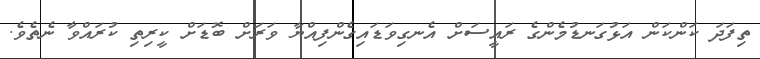
ތިފަދަ ކަންކަން އަޅުގަނޑުމެންގެ ރައީސަށް އެނގިވަޑައިގެންފިއްޔާ ވަރަށް ބޮޑަށް ކީރިތި ކުރައްވާ ނެތެވެ.